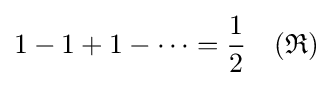
1-1+1-\cdots ={\frac {1}{2}}\quad ({\mathfrak {R}})